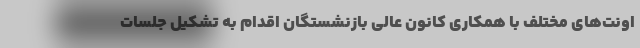
اونت‌های مختلف با همکاری کانون عالی بازنشستگان اقدام به تشکیل جلسات